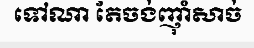
ទៅណា តែចង់ញ៉ាំសាច់